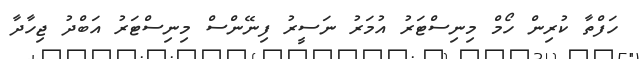
ހަފްތާ ކުރިން ހޯމް މިނިސްޓަރު އުމަރު ނަސީރު ފިނޭންސް މިނިސްޓަރު އަބްދު ޖިހާދާ